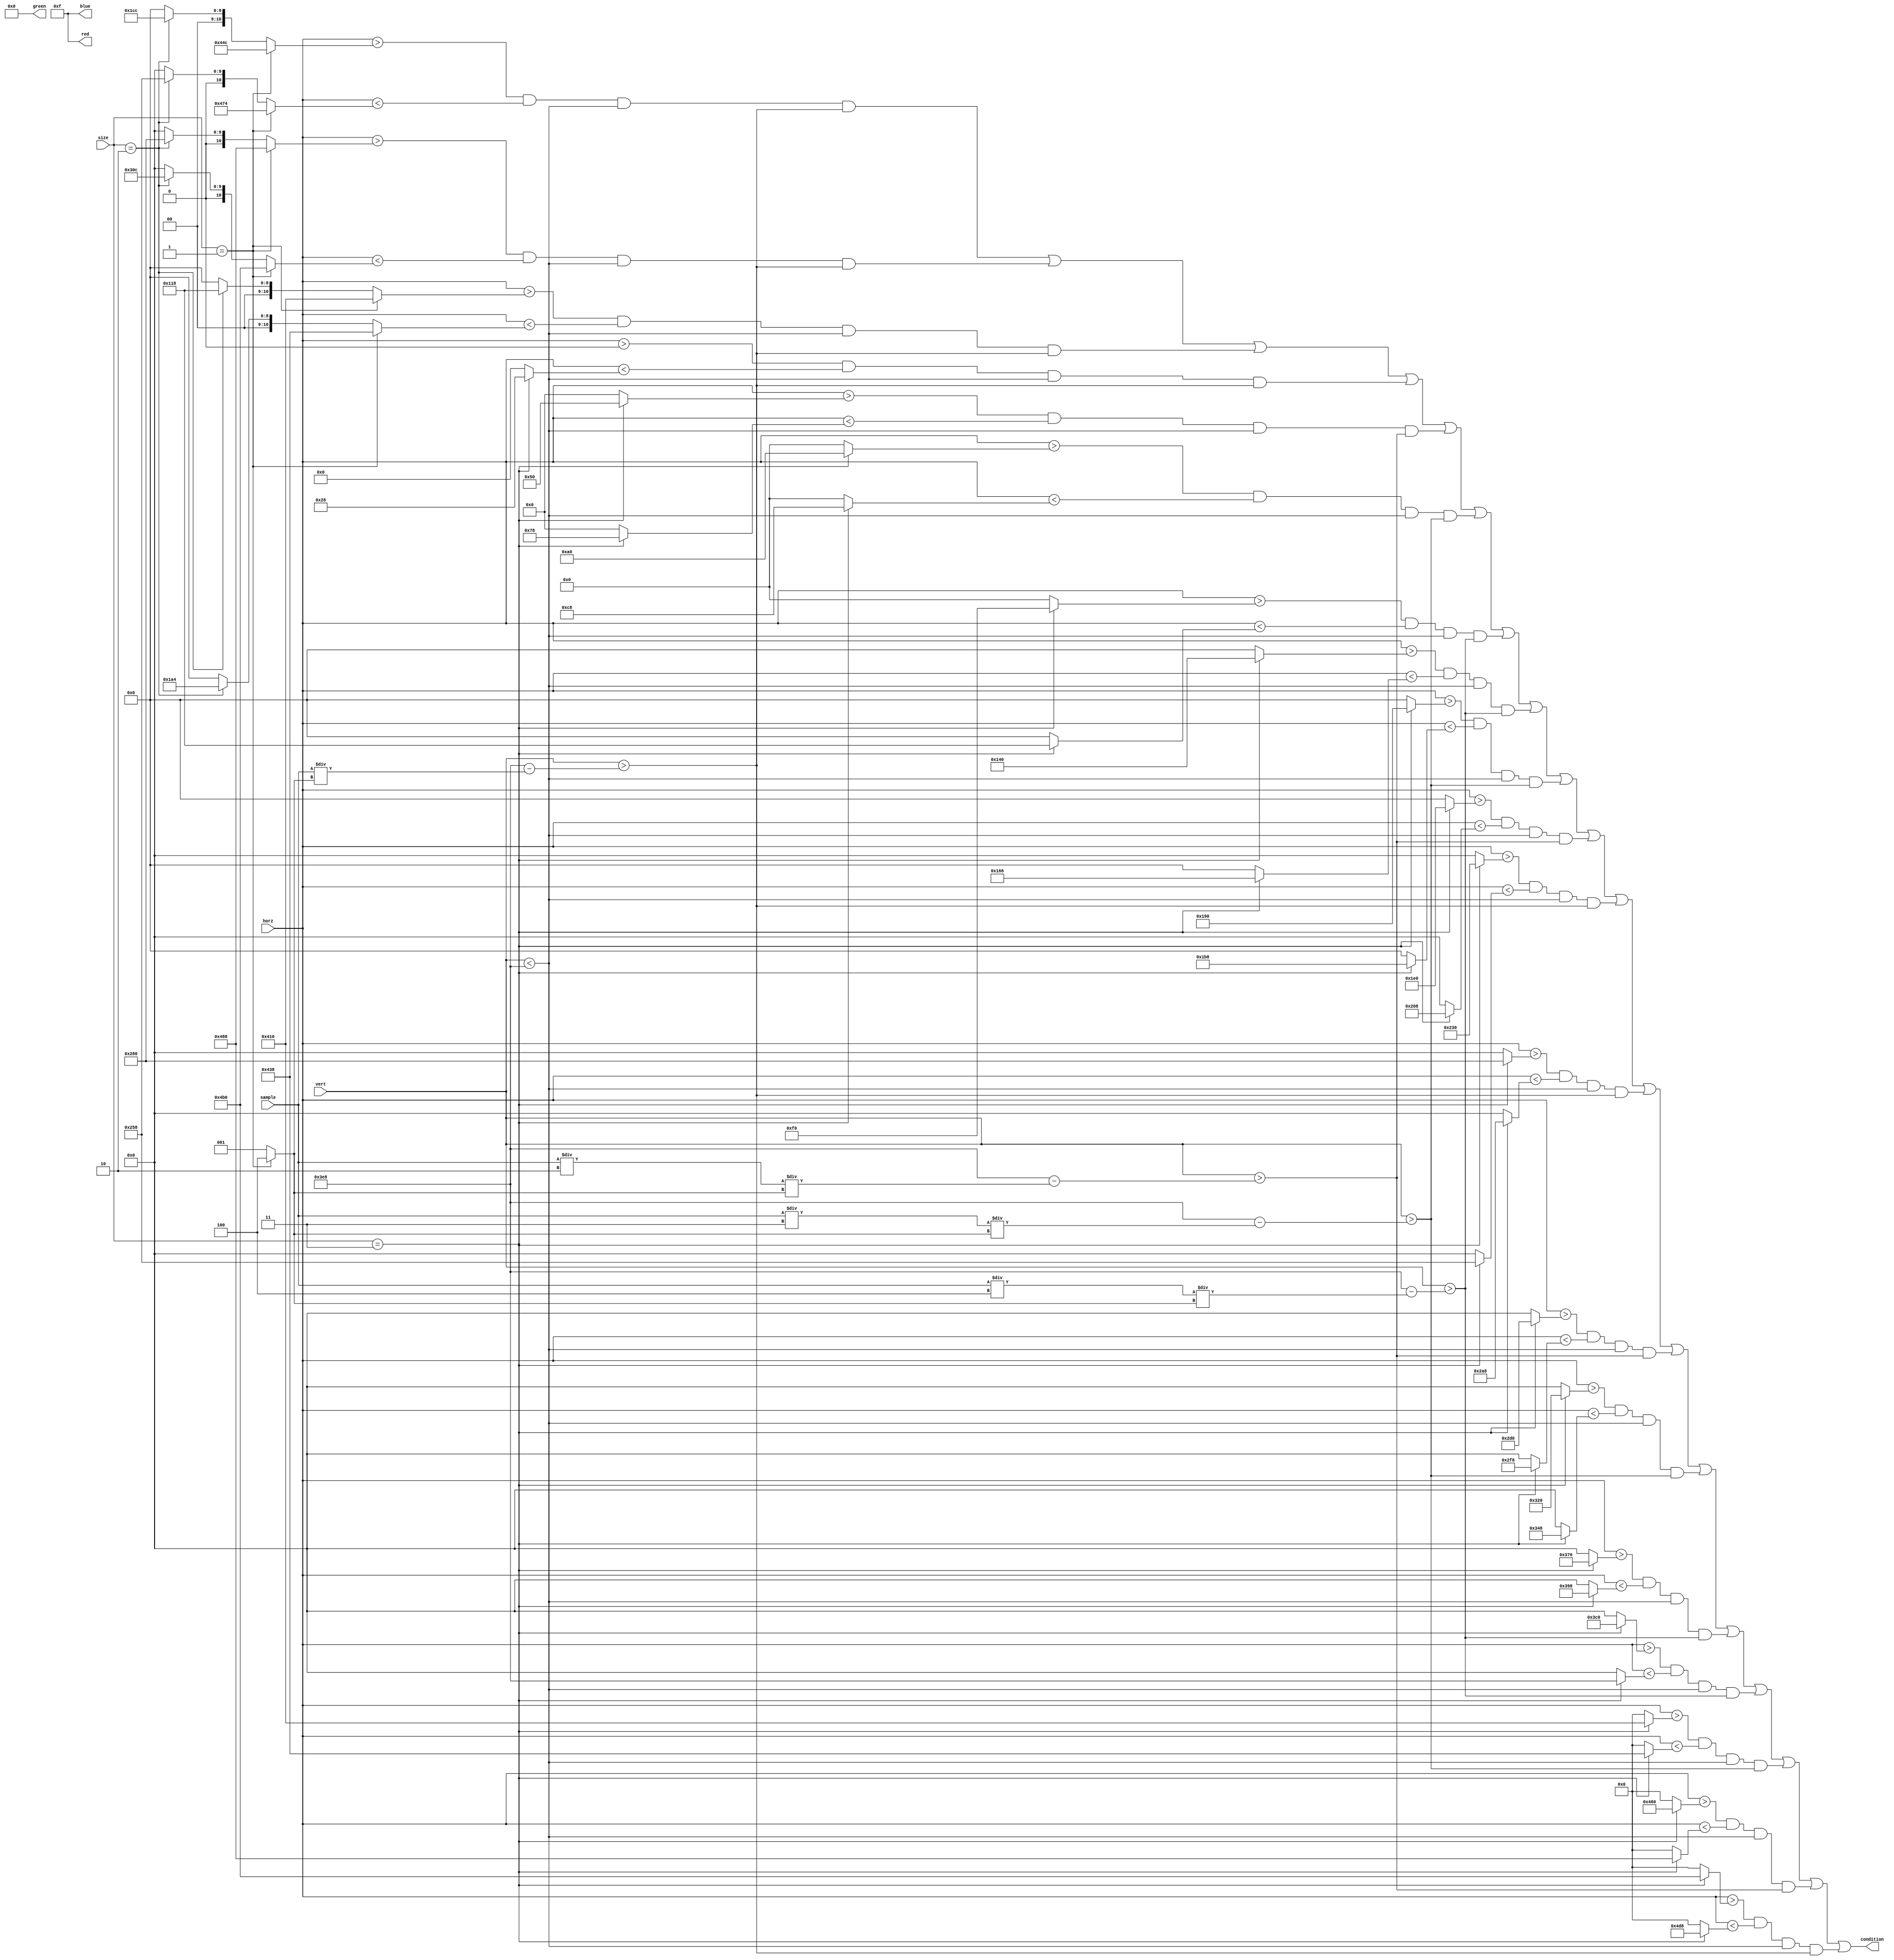
module draw_bar(
        input [11:0] horz,
        input [11:0] vert,
        input [9:0] sample,
        input [1:0] size,
        output condition,
        output [3:0]red, 
        output [3:0]green, 
        output [3:0]blue   
        );
        
        wire [11:0] left;                                                                                                                                                                                                                                                                            
        wire [11:0] right;                                                                                                                                                                                                                                                                           
        wire [11:0] left2;                                                                                                                                                                                                                                                                           
        wire [11:0] right2;                                                                                                                                                                                                                                                                          
        wire [11:0] left3;                                                                                                                                                                                                                                                                           
        wire [11:0] right3; 
        
        wire [11:0] le1;
        wire [11:0] ri1;
        
        wire [11:0] le2;
        wire [11:0] ri2;
        
        wire [11:0] le3;
        wire [11:0] ri3;
        
        wire [11:0] le4;
        wire [11:0] ri4;
        
        wire [11:0] le5;
        wire [11:0] ri5;
        
        wire [11:0] le6;
        wire [11:0] ri6;
        
        wire [11:0] le7;
        wire [11:0] ri7;
        
        wire [11:0] le8;
        wire [11:0] ri8;
        
        wire [11:0] le9;
        wire [11:0] ri9;
        
        wire [11:0] le10;
        wire [11:0] ri10;
        
        wire [11:0] le11;
        wire [11:0] ri11;
        
        wire [11:0] le12;
        wire [11:0] ri12;
        
        wire [11:0] le13;
        wire [11:0] ri13;
        
        wire [11:0] le14;
        wire [11:0] ri14;
        
        wire [11:0] le15;
        wire [11:0] ri15;
        
        wire [11:0] le16;
        wire [11:0] ri16;
                                                                                                                                                                                                                                                                                 
        wire [2:0] scale;                                                                                                                                                                                                                                                                            
        //bar1 with a different colour                                                                                                                                                                                                                                                               
        assign left = (size == 1) ? 1100 :                                                                                                                                                                                                                                                           
                        {(size == 2) ? 460 :                                                                                                                                                                                                                                                         
                            0};                                                                                                                                                                                                                                                
        assign right = (size == 1) ? 1140 :                                                                                                                                                                                                                                                          
                        {(size == 2) ? 600 :                                                                                                                                                                                                                                                         
                             0};                                                                                                                                                                                                                                                
        //bar2 with a different colour                                                                                                                                                                                                                                                               
        assign left2 =                                                                                                                                                                                                                                                                               
       (size == 1) ? 1160 :                                                                                                                                                                                                                                                                           
                      {(size == 2) ? 640 :                                                                                                                                                                                                                                                        
                              0};                                                                                                                                                                                                                                              
        assign right2 =                                                                                                                                                                                                                                                                              
        (size == 1) ? 1200 :                                                                                                                                                                                                                                                                         
                       {(size ==2) ? 780 :                                                                                                                                                                                                                                                        
                               0};                                                                                                                                                                                                                                              
        //bar3 with a different colour                                                                                                                                                                                                                                                               
        assign left3 =                                                                                                                                                                                                                                                                               
        (size == 1) ? 1040 :                                                                                                                                                                                                                                                                         
                       {(size == 2) ? 280 :                                                                                                                                                                                                                                                       
                          0};                                                                                                                                                                                                                                            
        assign right3 =                                                                                                                                                                                                                                                                              
        (size == 1) ? 1080 :                                                                                                                                                                                                                                                                         
                    {(size == 2) ? 420 :                                                                                                                                                                                                                                                         
                            0};   
                           
                           
        assign le1 = (size == 3) ? 0 : 0;
        assign ri1 = (size == 3) ? 40 : 0; 
        
        assign le2 = (size == 3) ? 80 : 0;
        assign ri2 = (size == 3) ? 120 : 0;
         
        assign le3 = (size == 3) ? 160 : 0;
        assign ri3 = (size == 3) ? 200 : 0;
         
        assign le4 = (size == 3) ? 240 : 0;
        assign ri4 = (size == 3) ? 280 : 0; 
        
        assign le5 = (size == 3) ? 320 : 0;
        assign ri5 = (size == 3) ? 360 : 0; 
        
        assign le6 = (size == 3) ? 400 : 0;
        assign ri6 = (size == 3) ? 440 : 0; 
        
        assign le7 = (size == 3) ? 480 : 0;
        assign ri7 = (size == 3) ? 520 : 0;
         
        assign le8 = (size == 3) ? 560 : 0;
        assign ri8 = (size == 3) ? 600 : 0; 
        
        assign le9 = (size == 3) ? 640 : 0;
        assign ri9 = (size == 3) ? 680 : 0; 
        
        assign le10 = (size == 3) ? 720 : 0;
        assign ri10 = (size == 3) ? 760 : 0;
        
        assign le11 = (size == 3) ? 800 : 0;
        assign ri11 = (size == 3) ? 840 : 0;
        
        assign le12 = (size == 3) ? 880 : 0;
        assign ri12 = (size == 3) ? 920 : 0;
        
        assign le13 = (size == 3) ? 960 : 0;
        assign ri13 = (size == 3) ? 1000 : 0;
        
        assign le14 = (size == 3) ? 1040 : 0; 
        assign ri14 = (size == 3) ? 1080 : 0;
         
        assign le15 = (size == 3) ? 1120 : 0; 
        assign ri15 = (size == 3) ? 1160 : 0; 
        
        assign le16 = (size == 3) ? 1200 : 0; 
        assign ri16 = (size == 3) ? 1240 : 0;
    
    
    
    
    
                                                                                                                                                                                                                                                                                                     
        assign scale = (size == 1) ? 4 : 1;                                                                                                                                                                                                                                                          
                                                                                                                                                                                                                                                                                                     
        assign condition = (horz > left && horz < right && vert < 1000 && vert > (1000 - sample / scale))||(horz > left2 && horz < right2 && vert < 1000 && vert > (1000 - sample / scale))|| (horz > left3 && horz < right3 && vert < 1000 && vert > (1000 - sample / scale))||(horz > le1 && horz < ri1 && vert < 1000 && vert > (1000 - sample / scale))
                            ||(horz > le2 && horz < ri2 && vert < 1000 && vert > (1000 - (sample/2) / scale))||(horz > le3 && horz < ri3 && vert < 1000 && vert > (1000 - (sample/3) / scale))||(horz > le4 && horz < ri4 && vert < 1000 && vert > (1000 - (sample/4) / scale))||
                            (horz > le5 && horz < ri5 && vert < 1000 && vert > (1000 - (sample/4) / scale))||(horz > le6 && horz < ri6 && vert < 1000 && vert > (1000 - (sample/3) / scale))||(horz > le7 && horz < ri7 && vert < 1000 && vert > (1000 - (sample/2) / scale))||(horz > le8 && horz < ri8 && vert < 1000 && vert > (1000 - sample / scale))
                            ||(horz > le9 && horz < ri9 && vert < 1000 && vert > (1000 - sample / scale))||(horz > le10 && horz < ri10 && vert < 1000 && vert > (1000 - (sample/2) / scale))||(horz > le11 && horz < ri11 && vert < 1000 && vert > (1000 - (sample/3) / scale))||
                            (horz > le12 && horz < ri12 && vert < 1000 && vert > (1000 - (sample/4) / scale))||(horz > le13 && horz < ri13 && vert < 1000 && vert > (1000 - (sample/4) / scale))||(horz > le14 && horz < ri14 && vert < 1000 && vert > (1000 - (sample/3) / scale))||
                            (horz > le15 && horz < ri15 && vert < 1000 && vert > (1000 - (sample/2) / scale))||(horz > le16 && horz < ri16 && vert < 1000 && vert > (1000 - sample / scale));                      
        assign red =   15; //(horz > left && horz < right && vert < 1000 && vert > (1000 - sample / scale)) ? 0 : 0;                                                                                                                                                                                  
        assign green = 0; //(horz > 1000 && horz < 1040 && vert < 1000) ? 15 : 0;// && vert > (1000 - sample / scale)) ? 15 : 0;                                                                                                                                                                    
        assign blue =  15; //(horz > left && horz < right && vert < 1000) ? 15 : 0;// && vert > (1000 - sample / scale)) ? 15 : 0;                                                                                                                                                                   
                                                                                                                                                                                                                                                                                                     
       endmodule